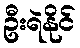
ဦးရဲနိုင်